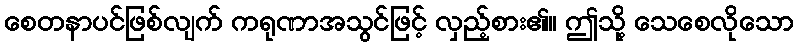
စေတနာပင်ဖြစ်လျက် ကရုဏာအသွင်ဖြင့် လှည့်စား၏။ ဤသို့ သေစေလိုသော